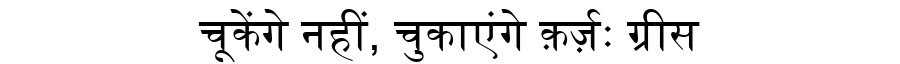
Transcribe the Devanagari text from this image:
चूकेंगे नहीं, चुकाएंगे क़र्ज़ः ग्रीस